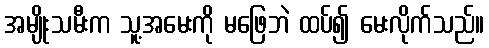
အမျိုးသမီးက သူ့အမေးကို မဖြေဘဲ ထပ်၍ မေးလိုက်သည်။